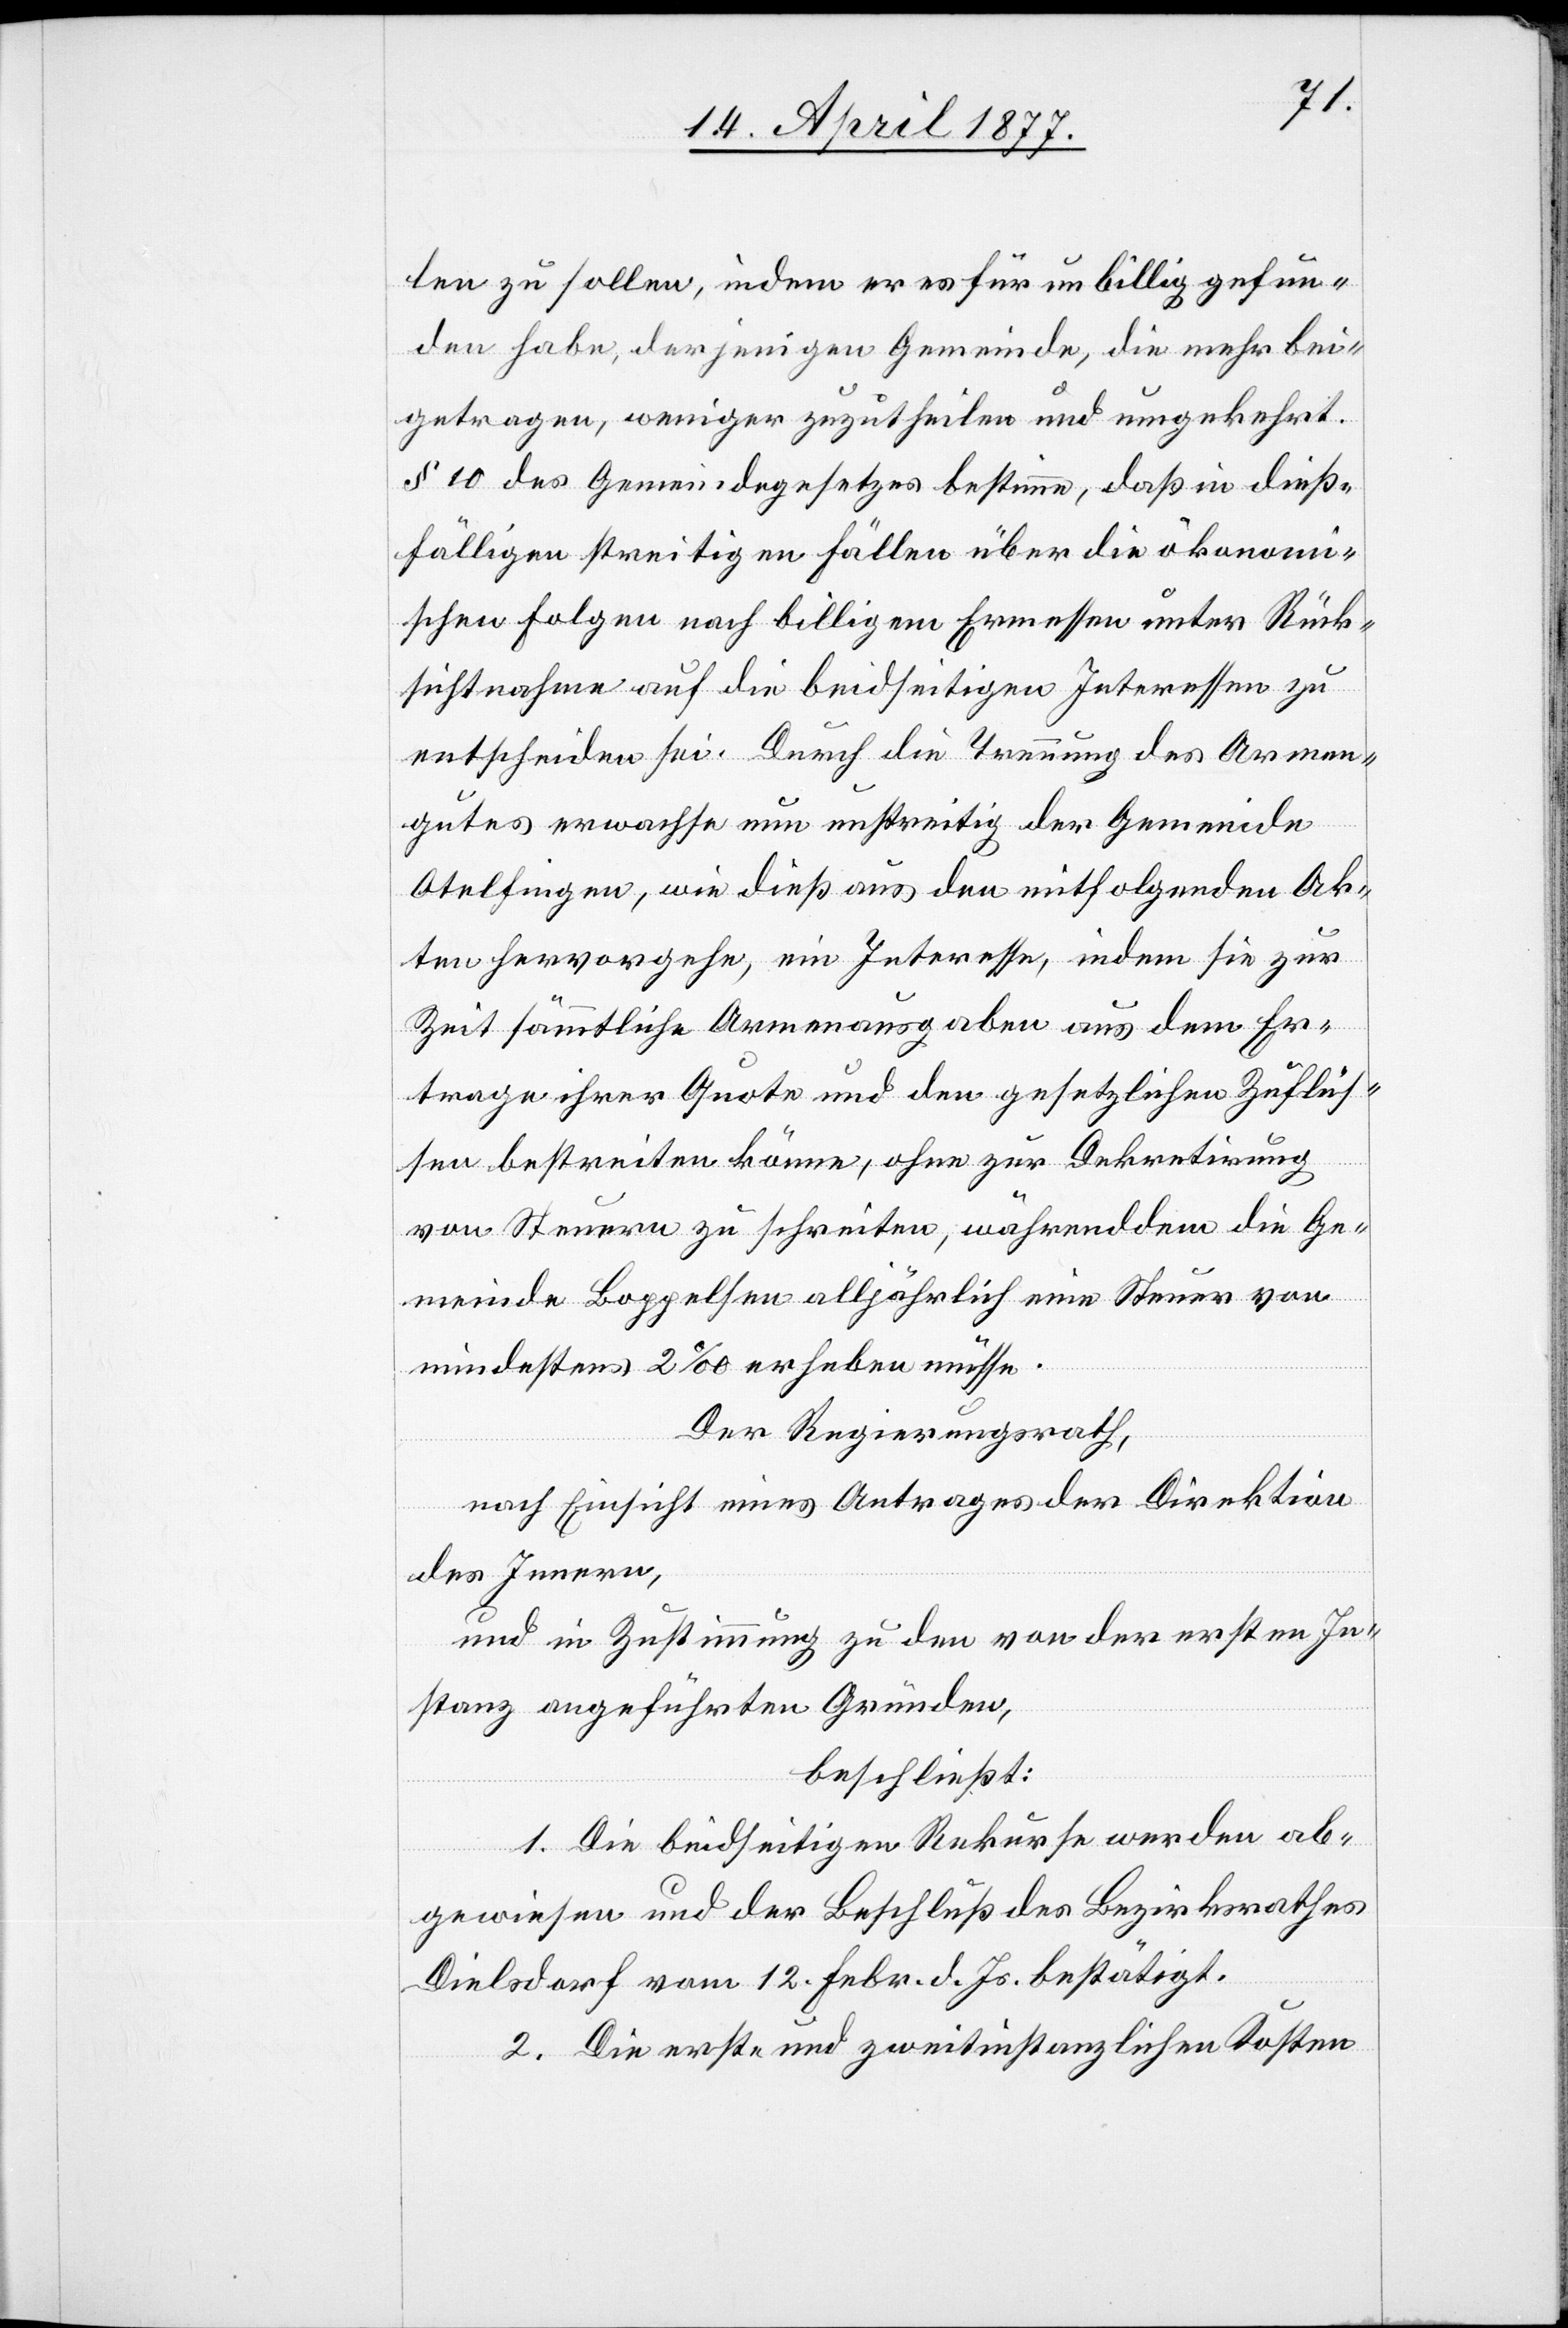
len zu sollen, indem er es für unbillig gefun¬
den habe, derjenigen Gemeinde, die mehr bei¬
getragen, weniger zuzutheilen und umgekehrt.
§ 10 des Gemeindegesetzes bestimme, daß in dieß¬
fälligen streitigen Fällen über die ökonomi¬
schen Folgen nach billigem Ermessen unter Rück¬
sichtnahme auf die beidseitigen Interessen zu
entscheiden sei. Durch die Trennung des Armen¬
gutes erwachse nun unstreitig der Gemeinde
Otelfingen, wie dieß aus den mitfolgenden Ak¬
ten hervorgehe, ein Interesse, indem sie zur
Zeit sämmtliche Armenausgaben aus dem Er¬
trage ihrer Quote und den gesetzlichen Zuflüs¬
sen bestreiten könne, ohne zur Dekretirung
von Steuern zu schreiten, währenddem die Ge¬
meinde Boppelsen alljährlich eine Steuer von
mindestens 2‰ erheben müsse.
Der Regierungsrath,
nach Einsicht eines Antrages der Direktion
des Innern,
und in Zustimmung zu den von der ersten In¬
stanz angeführten Gründen,
beschließt:
1. Die beidseitigen Rekurse werden ab¬
gewiesen und der Beschluß des Bezirksrathes
Dielsdorf vom 12. Febr. d. Js. bestätigt.
2. Die erst- und zweitinstanzlichen Kosten